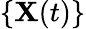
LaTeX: \{ \mathbf{X}(t)\}